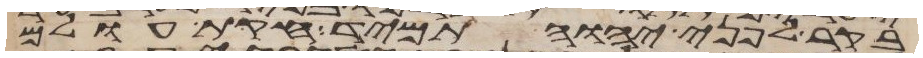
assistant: בקר לפני יהוה תמיד חקות עולם